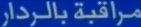
مراقبة بالرادار